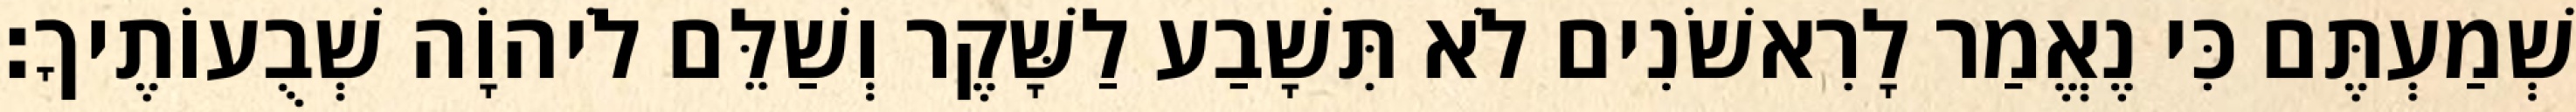
שְׁמַעְתֶּם כִּי נֶאֱמַר לָרִאשֹׁנִים לֹא תִּשָׁבַע לַשָּׁקֶר וְשַׁלֵּם לֹיהוָֹה שְׁבֻעוֹתֶיךָ׃